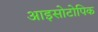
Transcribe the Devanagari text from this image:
आइसोटोपिक